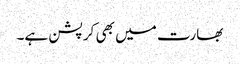
بھارت میں بھی کرپشن ہے۔